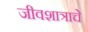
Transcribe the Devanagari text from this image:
जीवशात्राचे